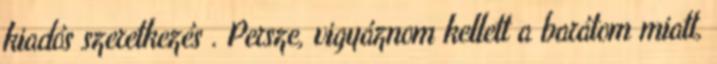
kiadós szeretkezés . Persze, vigyáznom kellett a barátom miatt,